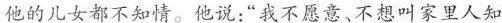
他的儿女都不知情。他说：”我不愿意、不想叫家里人知